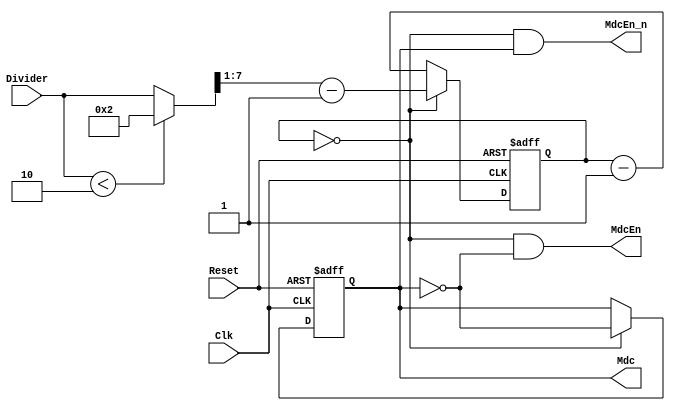
module eth_clockgen(Clk, Reset, Divider, MdcEn, MdcEn_n, Mdc);

input       Clk;              // Input clock (Host clock)
input       Reset;            // Reset signal
input [7:0] Divider;          // Divider (input clock will be divided by the Divider[7:0])

output      Mdc;              // Output clock
output      MdcEn;            // Enable signal is asserted for one Clk period before Mdc rises.
output      MdcEn_n;          // Enable signal is asserted for one Clk period before Mdc falls.

reg         Mdc;
reg   [7:0] Counter;

wire        CountEq0;
wire  [7:0] CounterPreset;
wire  [7:0] TempDivider;


assign TempDivider[7:0]   = (Divider[7:0]<2)? 8'h02 : Divider[7:0]; // If smaller than 2
assign CounterPreset[7:0] = (TempDivider[7:0]>>1) - 8'b1;           // We are counting half of period


// Counter counts half period
always @ (posedge Clk or posedge Reset)
begin
  if(Reset)
    Counter[7:0] <=  8'h1;
  else
    begin
      if(CountEq0)
        begin
          Counter[7:0] <=  CounterPreset[7:0];
        end
      else
        Counter[7:0] <=  Counter - 8'h1;
    end
end


// Mdc is asserted every other half period
always @ (posedge Clk or posedge Reset)
begin
  if(Reset)
    Mdc <=  1'b0;
  else
    begin
      if(CountEq0)
        Mdc <=  ~Mdc;
    end
end


assign CountEq0 = Counter == 8'h0;
assign MdcEn = CountEq0 & ~Mdc;
assign MdcEn_n = CountEq0 & Mdc;

endmodule